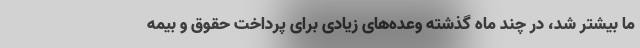
ما بیشتر شد، در چند ماه گذشته وعده‌های زیادی برای پرداخت حقوق و بیمه